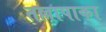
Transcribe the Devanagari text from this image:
तल्लापाका